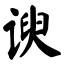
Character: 谀